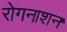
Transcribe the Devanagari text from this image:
रोगनाशन